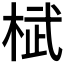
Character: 𣓸